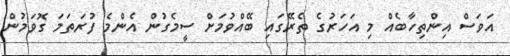
އަވަސް އިންތިހާބެއް މި އަހަރުގެ ތެރޭގައި ބޭއްވުމަށް ސީމެގުން އެންމެ ފުރަތަމަ ގޮވަމުން